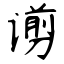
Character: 谫